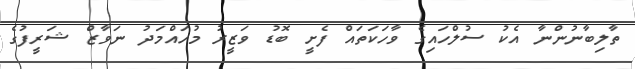
ތާލިބާނުންނާ އެކު ސުލްހައިގެ ވާހަކަތައް ފެށީ ބޮޑު ވަޒީރު މުހައްމަދު ނަވާޒް ޝަރީފުގެ